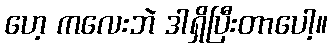
ဟေ့ ကလေးဘဲ ဒါရှိပြီးတာပေါ့။